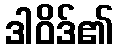
ဒါဝိဒ်၏